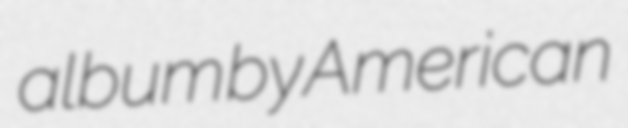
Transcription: album by American